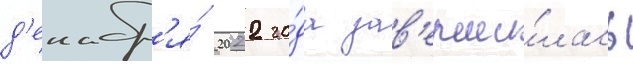
д'екабр'я́ 2022 го́да зав'ерши́лась